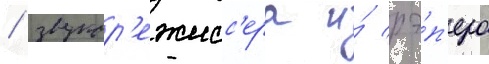
/ звукор'ежисс'ера и́ рэ́п'ера